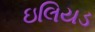
ઇલિયડ